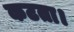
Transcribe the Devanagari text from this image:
कटता।